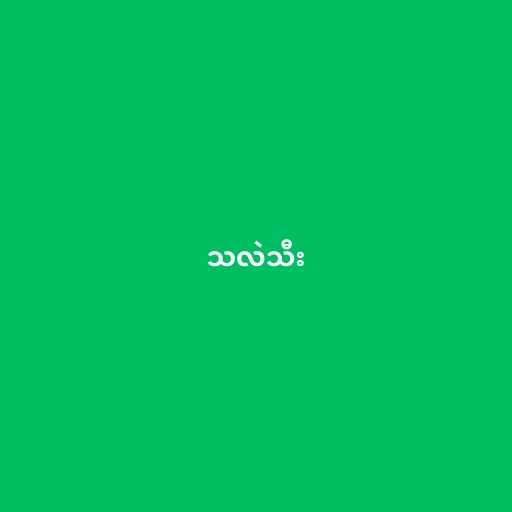
သလဲသီး